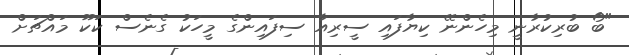
"ބޯ ބުރިކުރާނީ މިހެންނޭ ކިޔާފައި ސީރިއާ ސިފައިންގެ މީހަކު ގެނެސް ކަކޫ މައްޗަށް